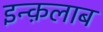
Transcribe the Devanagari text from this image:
इन्क़लाब